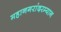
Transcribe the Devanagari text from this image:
महानगरांदरम्यान